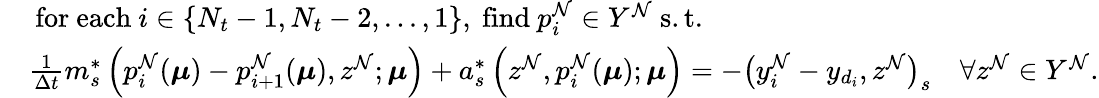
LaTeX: \begin{array}{rl}&{\mathrm{~for~each~}i\in\{ N_{t}-1,N_{t}-2,...,1\} \mathrm{,~find~}p_{i}^{\mathcal{N}}\in Y^{\mathcal{N}}\mathrm{~s.t.~}}\\ &{\frac{1}{\Delta t}m_{s}^{*}\left(p_{i}^{\mathcal{N}}(\boldsymbol{\mu})-p_{i+1}^{\mathcal{N}}(\boldsymbol{\mu}),z^{\mathcal{N}};\boldsymbol{\mu}\right)+a_{s}^{*}\left(z^{\mathcal{N}},p_{i}^{\mathcal{N}}(\boldsymbol{\mu});\boldsymbol{\mu}\right)=-\big(y_{i}^{\mathcal{N}}-y_{d_{i}},z^{\mathcal{N}}\big)_{s}\quad\forall z^{\mathcal{N}}\in Y^{\mathcal{N}}.}\end{array}